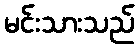
မင်းသားသည်